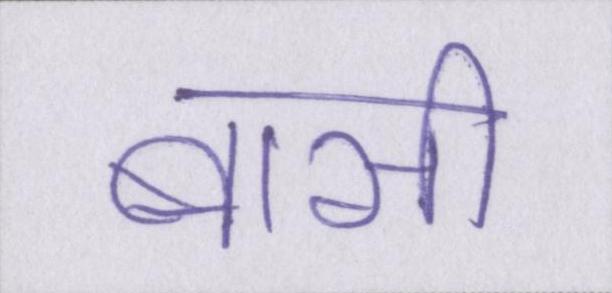
बासी